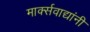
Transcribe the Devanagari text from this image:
मार्क्‍सवाद्यांनी